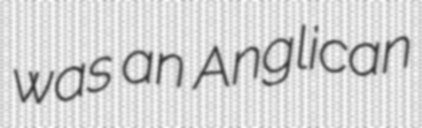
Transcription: was an Anglican